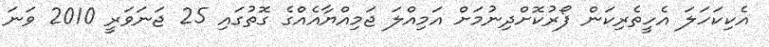
އެކިކަހަލަ އެހީތެރިކަން ފޯރުކޮށްދިނުމަށް އަމިއްލަ ޖަމިއްޔާއެއްގެ ގޮތުގައި 25 ޖަނަވަރީ 2010 ވަނަ